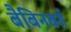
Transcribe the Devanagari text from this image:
बैबिनबर्ग